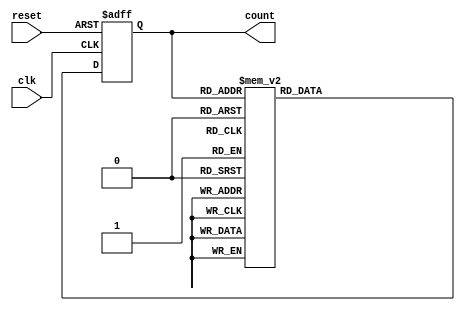
module decade_ring_counter (
    input wire clk,        // Clock input
    input wire reset,      // Asynchronous reset
    output reg [3:0] count // 4-bit output representing the current count
);

// State transition logic
always @(posedge clk or posedge reset) begin
    if (reset) begin
        count <= 4'b0000; // Reset to 0000
    end else begin
        case (count)
            4'b0000: count <= 4'b0001; // 0 -> 1
            4'b0001: count <= 4'b0010; // 1 -> 2
            4'b0010: count <= 4'b0011; // 2 -> 3
            4'b0011: count <= 4'b0100; // 3 -> 4
            4'b0100: count <= 4'b0101; // 4 -> 5
            4'b0101: count <= 4'b0110; // 5 -> 6
            4'b0110: count <= 4'b0111; // 6 -> 7
            4'b0111: count <= 4'b1000; // 7 -> 8
            4'b1000: count <= 4'b1001; // 8 -> 9
            4'b1001: count <= 4'b0000; // 9 -> 0
            default: count <= 4'b0000; // Default case (should not occur)
        endcase
    end
end

endmodule